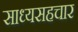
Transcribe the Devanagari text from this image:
साध्यसहचार